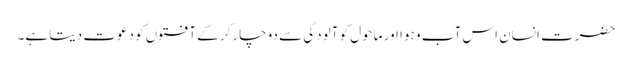
حضرت انسان اس آب و ہوا اور ماحول کو آلودگی سے دوچار کرکے آفتوں کو دعوت دیتا ہے۔